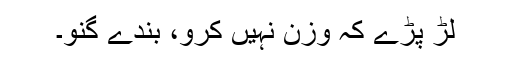
لڑ پڑے کہ وزن نہیں کرو، بندے گنو۔